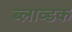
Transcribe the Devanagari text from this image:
ब्लाव्डक